Lock hospitals Punjab
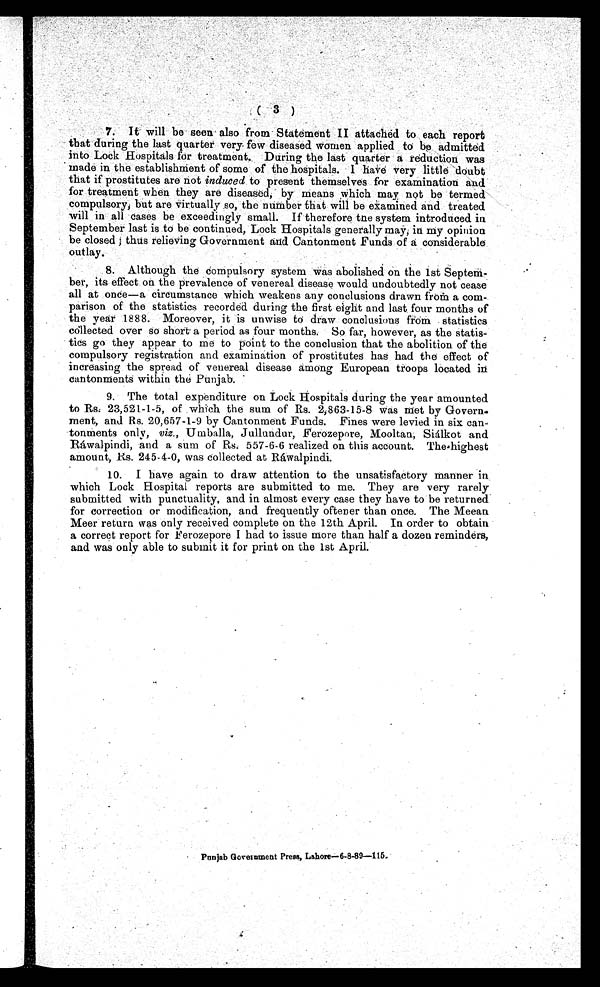
( 3 )..
7. It will be seen also from Statement II attached to each report
that during the last quartet very few diseased women applied to be admitted
into Lock Hospitals for treatment. During, the last quarter a redu ction was
made in the establishment of some of the hospitals. I have very little doubt
that if prostitutes are not induced to present themselves for examination and
for treatment when they are diseased, by means which may not be termed
compulsory but are virtually so, the number that will be examined and treated
will in all cases be exceedingly small. If therefore tne system introduced in
September last is to be continued, Lock Hospitals generally may, in my opinion
b e c l o s e d ; t h u s r e l i e v i n g Go v e r n me n t a n d C a n t o n me n t F u n d s o f a c o n s i d e r a b l e
outlay. 8. Although the compulsory system was abolished on the 1st Septem-
ber, its effect on the prevalence of venereal disease would undoubtedly not cease
all at once—a circumstance which weakens any conclusions drawn from a com-
parison of the statistics recorded during the first eight and last, four months of
the year 1888. Moreover, it is unwise to draw conclusions from statistics
collected over so short a period as four months. So far, however, as the statis-
tics go they appear to me to point to the conclusion that the abolition of the
compulsory registration and examination of prostitutes has had the effect of
increasing the spread of venereal disease among European troops located i n
cantonments within the Punjab.
8. The total expenditure on Lock Hospitals during the year amounted
to Rs, 23,521 - 1 - 5, of which the sum of Rs. 2,863-15-8 was met by Govern-
ment, and Rs. 20,657 - 1 - 9 by Cantonment Funds. Fines were levied in six can-
tonments only, viz., Umballa, Jullundur, Ferozepore, Mooltan, Siálkot and
Ráwalpindi, and a sum of Rs. 557 - 6 - 6 realized on this account. The highest
amount, Rs. 245-4-0, was collected at Ráwalpindi.
9. I have again to draw attention to the unsatisfactory manner in
which Lock Hospital reports are submitted to me. They are very rarely
submitted with punctuality, and in almost every case they have to be returned
for correction or modification, and frequently oftener than once. The Meean
Meer return was only received complete on the 12th April. In order to obtain
a correct report for Ferozepore I had to issue more than half a dozen reminders,
and was only able to submit it for print on the 1st April.
Punjab Govet =Bent Press, Lahore-6-8-89-116,